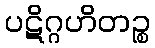
ပဋိဂ္ဂဟိတဉ္စ